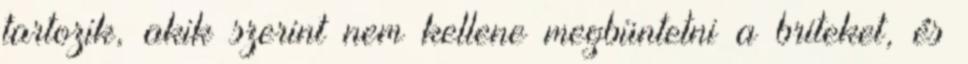
tartozik, akik szerint nem kellene megbüntetni a briteket, és